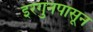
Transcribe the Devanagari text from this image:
इरगुनपासून